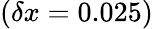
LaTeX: (\delta x=0.025)